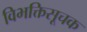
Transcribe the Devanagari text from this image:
विभक्तिसूचक